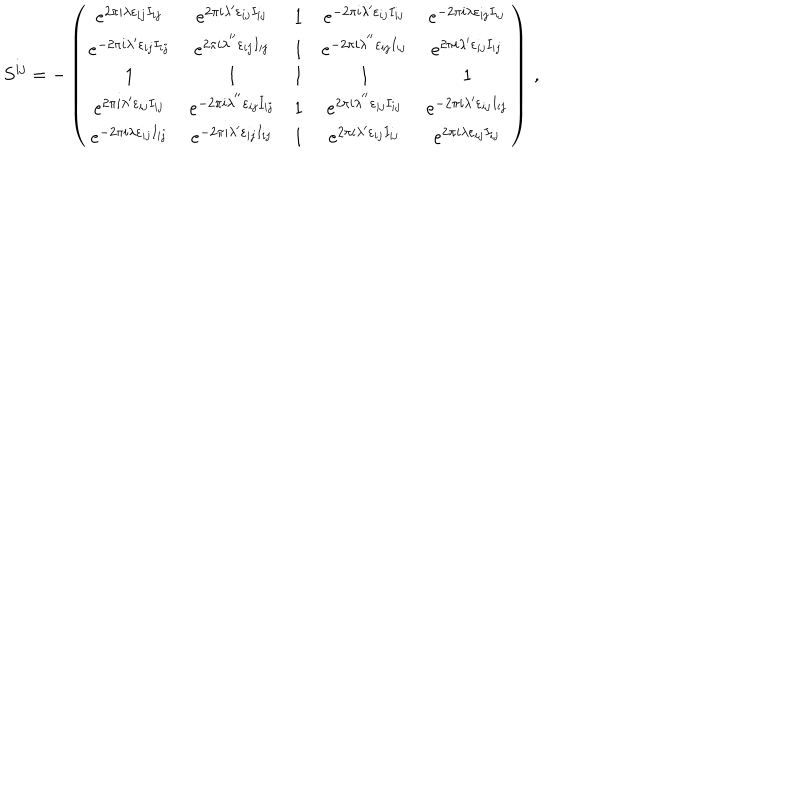
S ^ { i j } = - \left( \begin{array} { c c c c c } { { e ^ { 2 \pi i \lambda \varepsilon _ { i j } I _ { i j } } } } & { { e ^ { 2 \pi i \lambda ^ { \prime } \varepsilon _ { i j } I _ { i j } } } } & { { 1 } } & { { e ^ { - 2 \pi i \lambda ^ { \prime } \varepsilon _ { i j } I _ { i j } } } } & { { e ^ { - 2 \pi i \lambda \varepsilon _ { i j } I _ { i j } } } } \\ { { e ^ { - 2 \pi i \lambda ^ { \prime } \varepsilon _ { i j } I _ { i j } } } } & { { e ^ { 2 \pi i \lambda ^ { ^ { \prime \prime } } \varepsilon _ { i j } I _ { i j } } } } & { { 1 } } & { { e ^ { - 2 \pi i \lambda ^ { ^ { \prime \prime } } \varepsilon _ { i j } I _ { i j } } } } & { { e ^ { 2 \pi i \lambda ^ { \prime } \varepsilon _ { i j } I _ { i j } } } } \\ { { 1 } } & { { 1 } } & { { 1 } } & { { 1 } } & { { 1 } } \\ { { e ^ { 2 \pi i \lambda ^ { \prime } \varepsilon _ { i j } I _ { i j } } } } & { { e ^ { - 2 \pi i \lambda ^ { ^ { \prime \prime } } \varepsilon _ { i j } I _ { i j } } } } & { { 1 } } & { { e ^ { 2 \pi i \lambda ^ { ^ { \prime \prime } } \varepsilon _ { i j } I _ { i j } } } } & { { e ^ { - 2 \pi i \lambda ^ { \prime } \varepsilon _ { i j } I _ { i j } } } } \\ { { e ^ { - 2 \pi i \lambda \varepsilon _ { i j } I _ { i j } } } } & { { e ^ { - 2 \pi i \lambda ^ { \prime } \varepsilon _ { i j } I _ { i j } } } } & { { 1 } } & { { e ^ { 2 \pi i \lambda ^ { \prime } \varepsilon _ { i j } I _ { i j } } } } & { { e ^ { 2 \pi i \lambda \varepsilon _ { i j } I _ { i j } } } } \\ \end{array} \right) \, ,